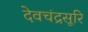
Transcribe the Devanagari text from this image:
देवचंद्रसूरि